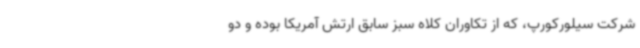
شرکت سیلورکورپ، که از تکاوران کلاه سبز سابق ارتش آمریکا بوده و دو